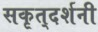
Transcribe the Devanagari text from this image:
सकृत्‌दर्शनी